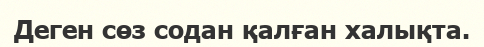
Деген сөз содан қалған халықта.